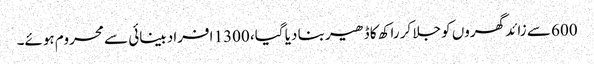
600 سے زائد گھروں کو جلا کر راکھ کا ڈھیر بنا دیا گیا، 1300 افراد بینائی سے محروم ہوئے۔